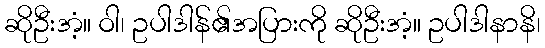
ဆိုဦးအံ့။ ဝါ၊ ဥပါဒါန်၏အပြားကို ဆိုဦးအံ့။ ဥပါဒါနာနိ၊